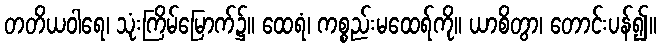
တတိယဝါရေ၊ သုံးကြိမ်မြောက်၌။ ထေရံ၊ ကစ္စည်းမထေရ်ကို။ ယာစိတွာ၊ တောင်းပန်၍။